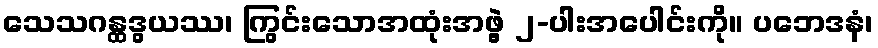
သေသဂန္ထဒွယဿ၊ ကြွင်းသောအထုံးအဖွဲ့ ၂-ပါးအပေါင်းကို။ ပဘေဒနံ၊